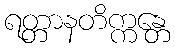
ရတ္တာနတိက္ကန္တေ